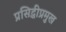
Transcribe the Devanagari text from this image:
प्रसिद्धीप्रमुख